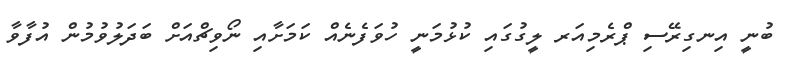
ބުނީ އިނގިރޭސި ޕްރެމިއަރ ލީގުގައި ކުޅުމަނީ ހުވަފެނެއް ކަމަށާއި ނޯވިޗްއަށް ބަދަލުވުމުން އުފާވާ